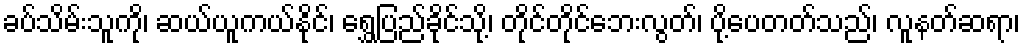
ခပ်သိမ်းသူကို၊ ဆယ်ယူကယ်နိုင်၊ ရွှေပြည်ခိုင်သို့၊ တိုင်တိုင်ဘေးလွတ်၊ ပို့ပေတတ်သည်၊ လူနတ်ဆရာ၊